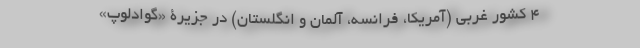
4 کشور غربی (‌آمریکا، فرانسه، آلمان و انگلستان) در جزیرۀ «گوادلوپ»